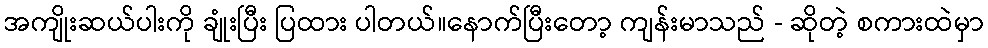
အကျိုးဆယ်ပါးကို ချုံးပြီး ပြထား ပါတယ်။နောက်ပြီးတော့ ကျန်းမာသည် - ဆိုတဲ့ စကားထဲမှာ